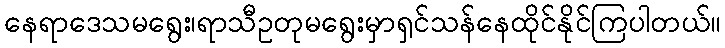
နေရာဒေသမရွေး၊ရာသီဥတုမရွေးမှာရှင်သန်နေထိုင်နိုင်ကြပါတယ်။